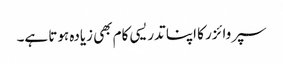
سپروائزر کا اپنا تدریسی کام بھی زیادہ ہوتا ہے۔